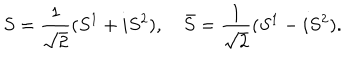
S = \frac { 1 } { \sqrt { 2 } } ( S ^ { 1 } + i S ^ { 2 } ) , \quad \bar { S } = \frac { 1 } { \sqrt { 2 } } ( S ^ { 1 } - i S ^ { 2 } ) .